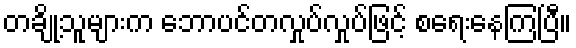
တချို့သူများက ဘောပင်တလှုပ်လှုပ်ဖြင့် စရေးနေကြပြီ။